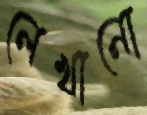
লেখানো